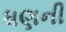
ધણની